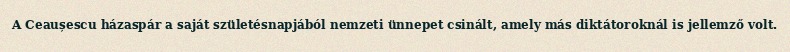
A Ceaușescu házaspár a saját születésnapjából nemzeti ünnepet csinált, amely más diktátoroknál is jellemző volt.